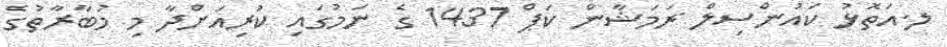
ލ.އަތޮޅު ކައުންސިލް ރަމަޝާން ކަޕް 1437 ގެ ނަމުގައި ކުރިއަށްދާ މި މުބާރާތުގެ